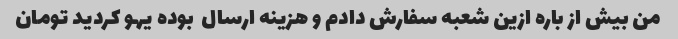
من بیش از باره ازین شعبه سفارش دادم و هزینه ارسال  بوده یهو کردید تومان